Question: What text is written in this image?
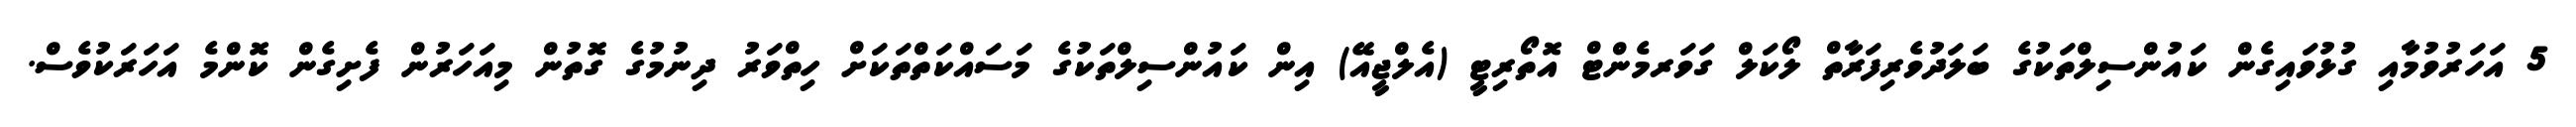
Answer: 5 އަހަރުވުމާއި ގުޅުވައިގެން ކައުންސިލްތަކުގެ ބަލަދުވެރިފަރާތް ލޯކަލް ގަވަރމެންޓް އޮތޯރިޓީ (އެލްޖީއޭ) އިން ކައުންސިލްތަކުގެ މަސައްކަތްތަކަށް ހިތްވަރު ދިނުމުގެ ގޮތުން މިއަހަރުން ފެށިގެން ކޮންމެ އަހަރަކުވެސް.